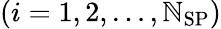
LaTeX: (i=1,2,\ldots,\mathbb{N}_{\mathrm{{SP}}})